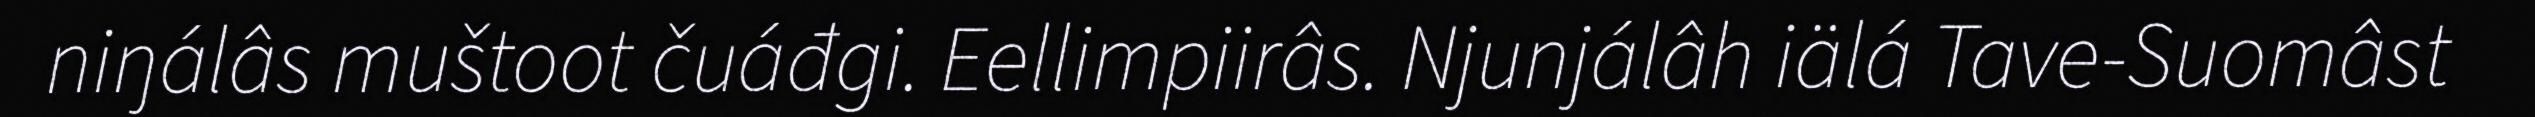
niŋálâs muštoot čuáđgi. Eellimpiirâs. Njunjálâh iälá Tave-Suomâst